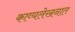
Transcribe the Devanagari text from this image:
काव्यलेखनात